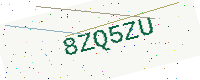
Text: 8ZQ5ZU